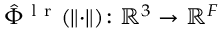
\hat { \Phi } ^ { \mathrm { ~ l ~ r ~ } } ( \lVert \cdot \rVert ) \colon { \mathbb { R } } ^ { 3 } \rightarrow { \mathbb { R } } ^ { F }